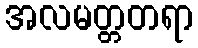
အလမတ္တတရာ